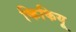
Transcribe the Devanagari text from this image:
किकियू